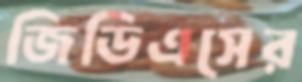
জিডিএসের